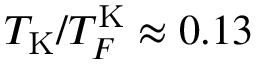
T _ { \mathrm { K } } / T _ { F } ^ { \mathrm { K } } \approx 0 . 1 3